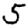
Digit: 5